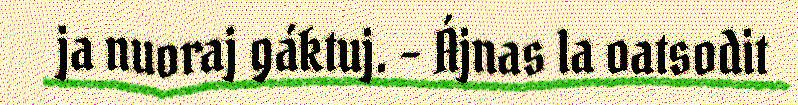
ja nuoraj gáktuj. – Ájnas la oatsodit